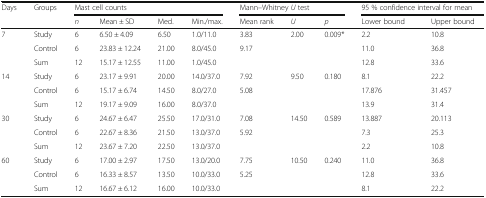
| <ROWSPAN=2> Days | <ROWSPAN=2> Groups | <COLSPAN=4> Mast cell counts | <COLSPAN=3> Mann–Whitney U test | <COLSPAN=2> 95 % confidence interval for mean |
 | n | Mean ± SD | Med. | Min./max. | Mean rank | U | p | Lower bound | Upper bound |
 | --- | --- | --- | --- | --- | --- | --- | --- | --- | --- | --- |
 | <ROWSPAN=3> 7 | Study | 6 | 6.50 ± 4.09 | 6.50 | 1.0/11.0 | 3.83 | <ROWSPAN=3> 2.00 | <ROWSPAN=3> 0.009* | 2.2 | 10.8 |
 | Control | 6 | 23.83 ± 12.24 | 21.00 | 8.0/45.0 | 9.17 | 11.0 | 36.8 |
 | Sum | 12 | 15.17 ± 12.55 | 11.00 | 1.0/45.0 |  | 12.8 | 33.6 |
 | <ROWSPAN=3> 14 | Study | 6 | 23.17 ± 9.91 | 20.00 | 14.0/37.0 | 7.92 | <ROWSPAN=3> 9.50 | <ROWSPAN=3> 0.180 | 8.1 | 22.2 |
 | Control | 6 | 15.17 ± 6.74 | 14.50 | 8.0/27.0 | 5.08 | 17.876 | 31.457 |
 | Sum | 12 | 19.17 ± 9.09 | 16.00 | 8.0/37.0 |  | 13.9 | 31.4 |
 | <ROWSPAN=3> 30 | Study | 6 | 24.67 ± 6.47 | 25.50 | 17.0/31.0 | 7.08 | <ROWSPAN=3> 14.50 | <ROWSPAN=3> 0.589 | 13.887 | 20.113 |
 | Control | 6 | 22.67 ± 8.36 | 21.50 | 13.0/37.0 | 5.92 | 7.3 | 25.3 |
 | Sum | 12 | 23.67 ± 7.20 | 22.50 | 13.0/37.0 |  | 2.2 | 10.8 |
 | <ROWSPAN=3> 60 | Study | 6 | 17.00 ± 2.97 | 17.50 | 13.0/20.0 | 7.75 | <ROWSPAN=3> 10.50 | <ROWSPAN=3> 0.240 | 11.0 | 36.8 |
 | Control | 6 | 16.33 ± 8.57 | 13.50 | 10.0/33.0 | 5.25 | 12.8 | 33.6 |
 | Sum | 12 | 16.67 ± 6.12 | 16.00 | 10.0/33.0 |  | 8.1 | 22.2 |